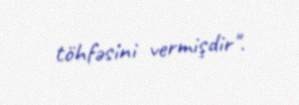
töhfəsini vermişdir".